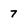
Character: 7